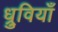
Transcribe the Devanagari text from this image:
ध्रुवियाँ